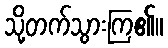
သို့တက်သွားကြ၏။